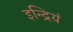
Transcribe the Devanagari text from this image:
इन्द्रियं